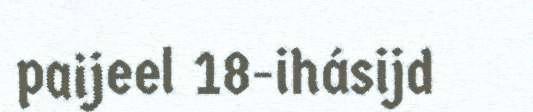
paijeel 18-ihásijd